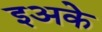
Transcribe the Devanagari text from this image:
इअके